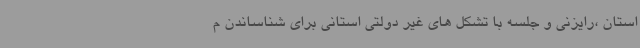
استان ،رایزنی و جلسه با تشکل های غیر دولتی استانی برای شناساندن م